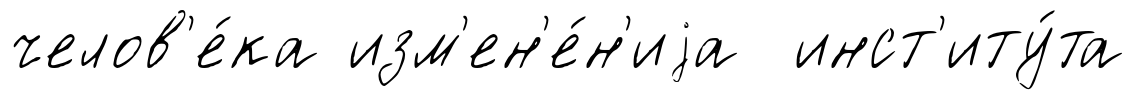
челов'е́ка изм'ен'е́н'иjа инст'иту́та